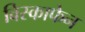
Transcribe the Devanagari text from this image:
विस्काफेन